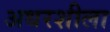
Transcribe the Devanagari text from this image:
अधरशीला